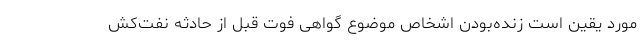
مورد یقین است زنده‌بودن اشخاص موضوع گواهی فوت قبل از حادثه نفت‌کش